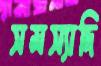
সমস্যাদি